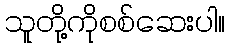
သူတို့ကိုစစ်ဆေးပါ။